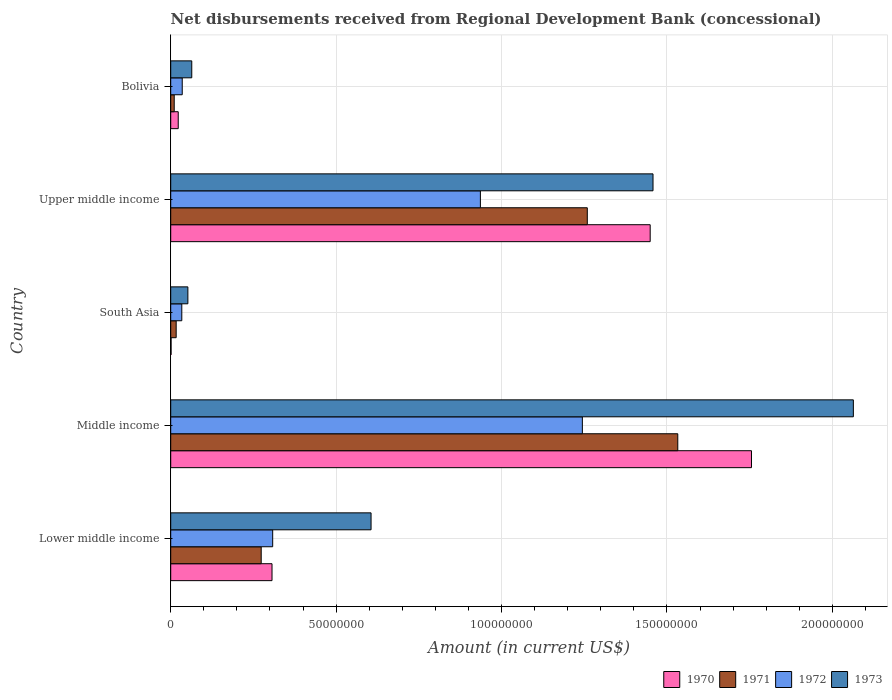
| Country | 1970 | 1971 | 1972 | 1973 |
 | --- | --- | --- | --- | --- |
 | Lower middle income | 3.06e+07 | 2.74e+07 | 3.08e+07 | 6.06e+07 |
 | Middle income | 1.76e+08 | 1.53e+08 | 1.24e+08 | 2.06e+08 |
 | South Asia | 1.09e+05 | 1.65e+06 | 3.35e+06 | 5.18e+06 |
 | Upper middle income | 1.45e+08 | 1.26e+08 | 9.36e+07 | 1.46e+08 |
 | Bolivia | 2.27e+06 | 1.06e+06 | 3.48e+06 | 6.36e+06 |